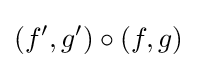
(f',g')\circ (f,g)